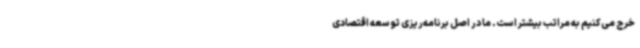
خرج می‌کنیم به مراتب بیشتر است. ما در اصل برنامه‌ریزی توسعه اقتصادی